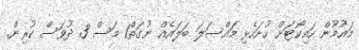
މައުމޫން ހައިކޯޓަށް ހުށަހެޅި މައްސަލަ ބަލައެއް ނުގަތް1 މަސް 3 ދުވަސް ކުރިން.